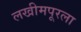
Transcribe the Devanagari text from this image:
लखीमपूरला